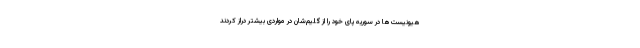
هیونیست‌ها در سوریه پای خود را از گلیم‌شان در مواردی بیشتر دراز کردند